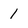
Character: l